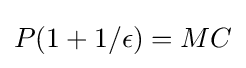
P(1+1/{\epsilon })=MC